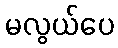
မလွယ်ပေ